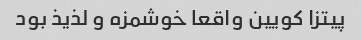
پیتزا کویین واقعا خوشمزه و لذیذ بود